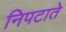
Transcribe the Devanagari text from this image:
निपटाते